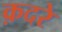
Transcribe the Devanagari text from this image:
क़दरे